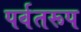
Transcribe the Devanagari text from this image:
पर्वतरूप